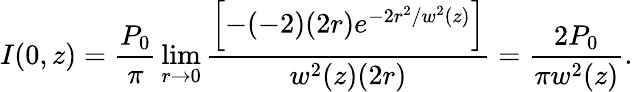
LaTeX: I(0,z)={\frac{P_{0}}{\pi}}\operatorname*{lim}_{r\to 0}{\frac{\left[-(-2)(2r)e^{-2r^{2}/w^{2}(z)}\right]}{w^{2}(z)(2r)}}={\frac{2P_{0}}{\pi w^{2}(z)}}.